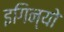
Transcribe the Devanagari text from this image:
इगिन्यो